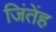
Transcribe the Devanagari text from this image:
जिंतेंह